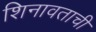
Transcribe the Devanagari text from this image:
शिनावताची